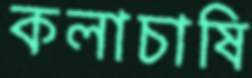
কলাচাষি